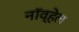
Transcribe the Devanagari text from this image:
नॉव्हेल